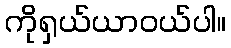
ကိုရှယ်ယာဝယ်ပါ။